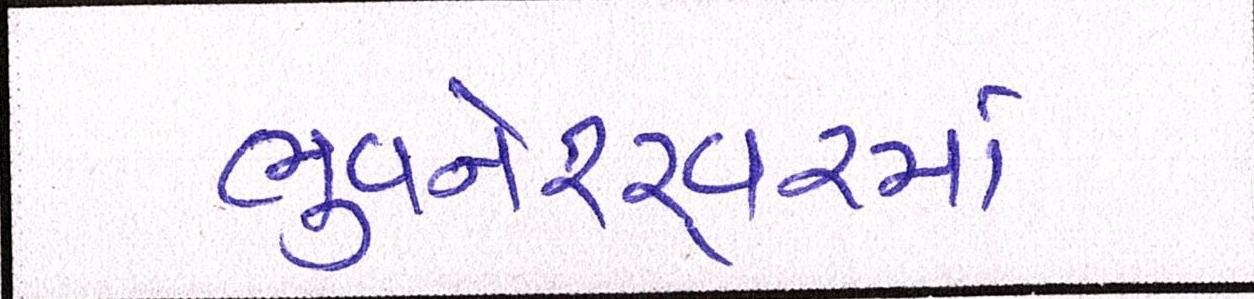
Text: ભુવનેશ્ર્વરમાં